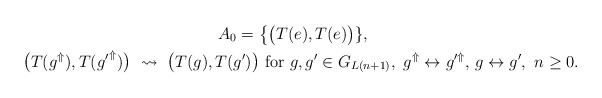
\begin{gather*} A_0 = \big\{ \big( T(e), T(e) \big) \}, \\ \big( T(g^\Uparrow), T({g'}^\Uparrow) \big) \ \leadsto \ \big( T(g), T(g') \big) \textrm{ for } g, g' \in G_{L(n+1)}, \ g^\Uparrow \leftrightarrow g'^\Uparrow, \, g \leftrightarrow g', \ n \geq 0.\end{gather*}